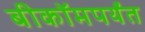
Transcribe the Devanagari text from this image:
बीकॉमपर्यंत